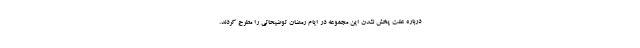
درباره علت پخش نشدن این مجموعه در ایام رمضان توضیحاتی را مطرح کردند.